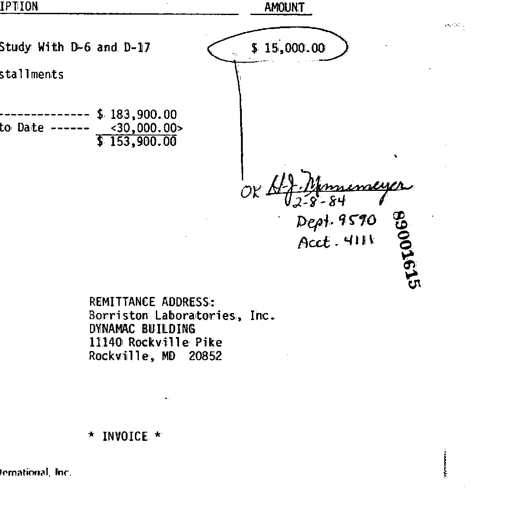
IPTION AMOUNT
Study With D-6 and D-17 (
$ 15,000.00 )
stallments
----------------------- $ 183,900.00
to Date ------- <30,000.00>
$ 153,900.00
OK H.J. Minnemeyer
2-8-84
Dept. 9590
Acct. 4111
89001615
REMITTANCE ADDRESS:
Borriston Laboratories, Inc.
DYNAMAC BUILDING
11140 Rockville Pike
Rockville, MD 20852
* INVOICE *
ternational, Inc.